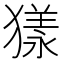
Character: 𤡀